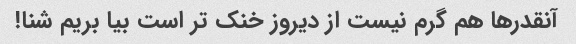
آنقدرها هم گرم نیست از دیروز خنک تر است بیا بریم شنا!